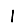
Digit: 1